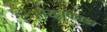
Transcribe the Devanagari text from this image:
आस्ट्राकाडा